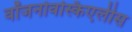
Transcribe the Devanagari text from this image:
वॉजनोवस्किएलीस